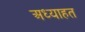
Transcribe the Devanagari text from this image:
अध्याहत